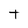
Character: T